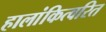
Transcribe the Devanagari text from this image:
हालांकित्वरित